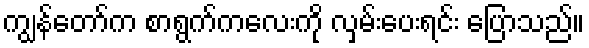
ကျွန်တော်က စာရွက်ကလေးကို လှမ်းပေးရင်း ပြောသည်။